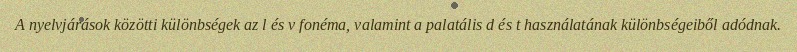
A nyelvjárások közötti különbségek az l és v fonéma, valamint a palatális d és t használatának különbségeiből adódnak.